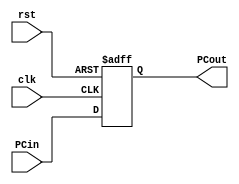
// Program Counter

module PC ( clk, 
			rst,
			PCin, 
			PCout);
	
	parameter bit_size = 18;
	
	input  clk, rst;
	input  [bit_size-1:0] PCin;
	output [bit_size-1:0] PCout;

	// write your code in here	
	reg [bit_size-1:0] PCout;	
	
	always@ (posedge clk or posedge rst) begin
		if (rst) 
			PCout <= 0;
		else 
			PCout <= PCin;
	end
		   
endmodule